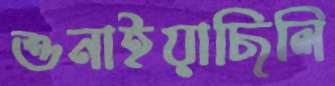
শুনাইয়াছিলি